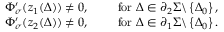
\begin{array} { r } { \Phi _ { \sigma } ^ { \prime } ( z _ { 1 } ( \Delta ) ) \neq 0 , \qquad \mathrm { ~ f o r ~ } \Delta \in \partial _ { 2 } \Sigma \backslash \left\{ \Delta _ { 0 } \right\} , } \\ { \Phi _ { \sigma } ^ { \prime } ( z _ { 2 } ( \Delta ) ) \neq 0 , \qquad \mathrm { ~ f o r ~ } \Delta \in \partial _ { 1 } \Sigma \backslash \left\{ \Delta _ { 0 } \right\} . } \end{array}